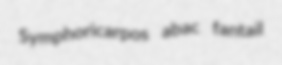
Symphoricarpos abac fantail